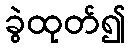
ခွဲထုတ်၍